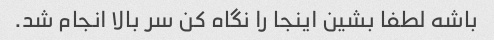
باشه لطفا بشین اینجا را نگاه کن سر بالا انجام شد.